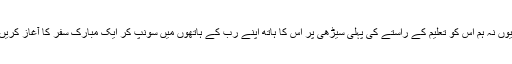
کیوں نہ ہم اس کو تعلیم کے راستے کی پہلی سیڑھی پر اس کا ہاتھ اپنے رب کے ہاتھوں میں سونپ کر ایک مبارک سفر کا آغاز کریں ۔